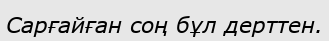
Сарғайған соң бұл дерттен.